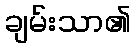
ချမ်းသာ၏